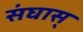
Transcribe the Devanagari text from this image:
संघास्